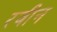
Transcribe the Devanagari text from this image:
रवीन